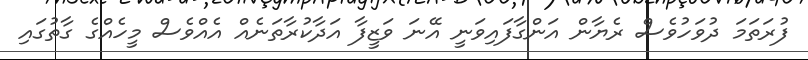
ފުރަތަމަ ދުވަހުވެސް ރެޔާން އަންގާފައިވަނީ އޭނަ ވަޒީފާ އަދާކުރާތަނެއް އެއްވެސް މީހެއްގެ ގާތުގައި